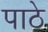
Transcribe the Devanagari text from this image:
पाठे